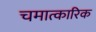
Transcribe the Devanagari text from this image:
चमात्कारिक